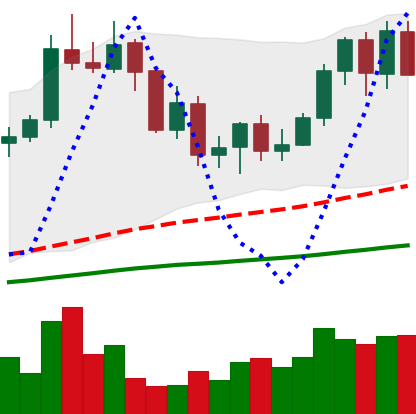
Ticker: NEO-USD
Chart end date: 2020-09-15
Forward return: 16.944%
Label: up_7plus